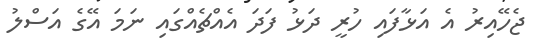
ޖެހޭއިރު އެ އަޅާފައި ހުރީ ދަޅު ފަދަ އެއްޗެއްގައި ނަމަ އޭގެ އަސްލު